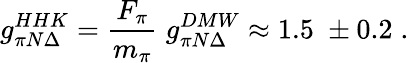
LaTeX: g_{\pi N\Delta}^{HHK}=\frac{F_{\pi}}{m_{\pi}}\; g_{\pi N\Delta}^{DMW}\approx 1.5\; \pm 0.2\; .